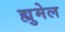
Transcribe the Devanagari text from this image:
ह्युमेल